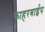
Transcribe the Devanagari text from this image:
काहरबाईप